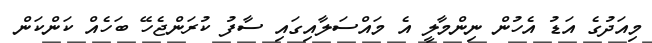
މިއަދުގެ އަޑު އެހުން ނިންމާލީ އެ މައްސަލާއިގައި ސާފު ކުރަންޖެހޭ ބަހެއް ކަންކަން